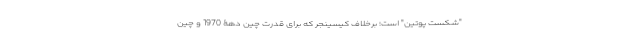
"شکست پوتین" است؛ برخلاف کیسینجر که برای قدرت چینِ دهۀ 1970 و چین